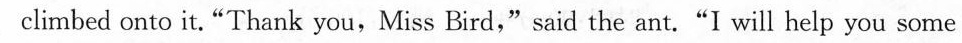
climbed onto it."Thank you,Miss Bird," said the ant."I will help you some